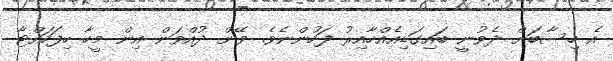
އެ ހިސާބަށް ދެވުނީ ބައިގަޑިއެއްހާއިރު ފަހުންނެވެ. ވޭން ދުއްވަން އިން މީހާ ހިފަހައްޓާ